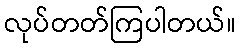
လုပ်တတ်ကြပါတယ်။